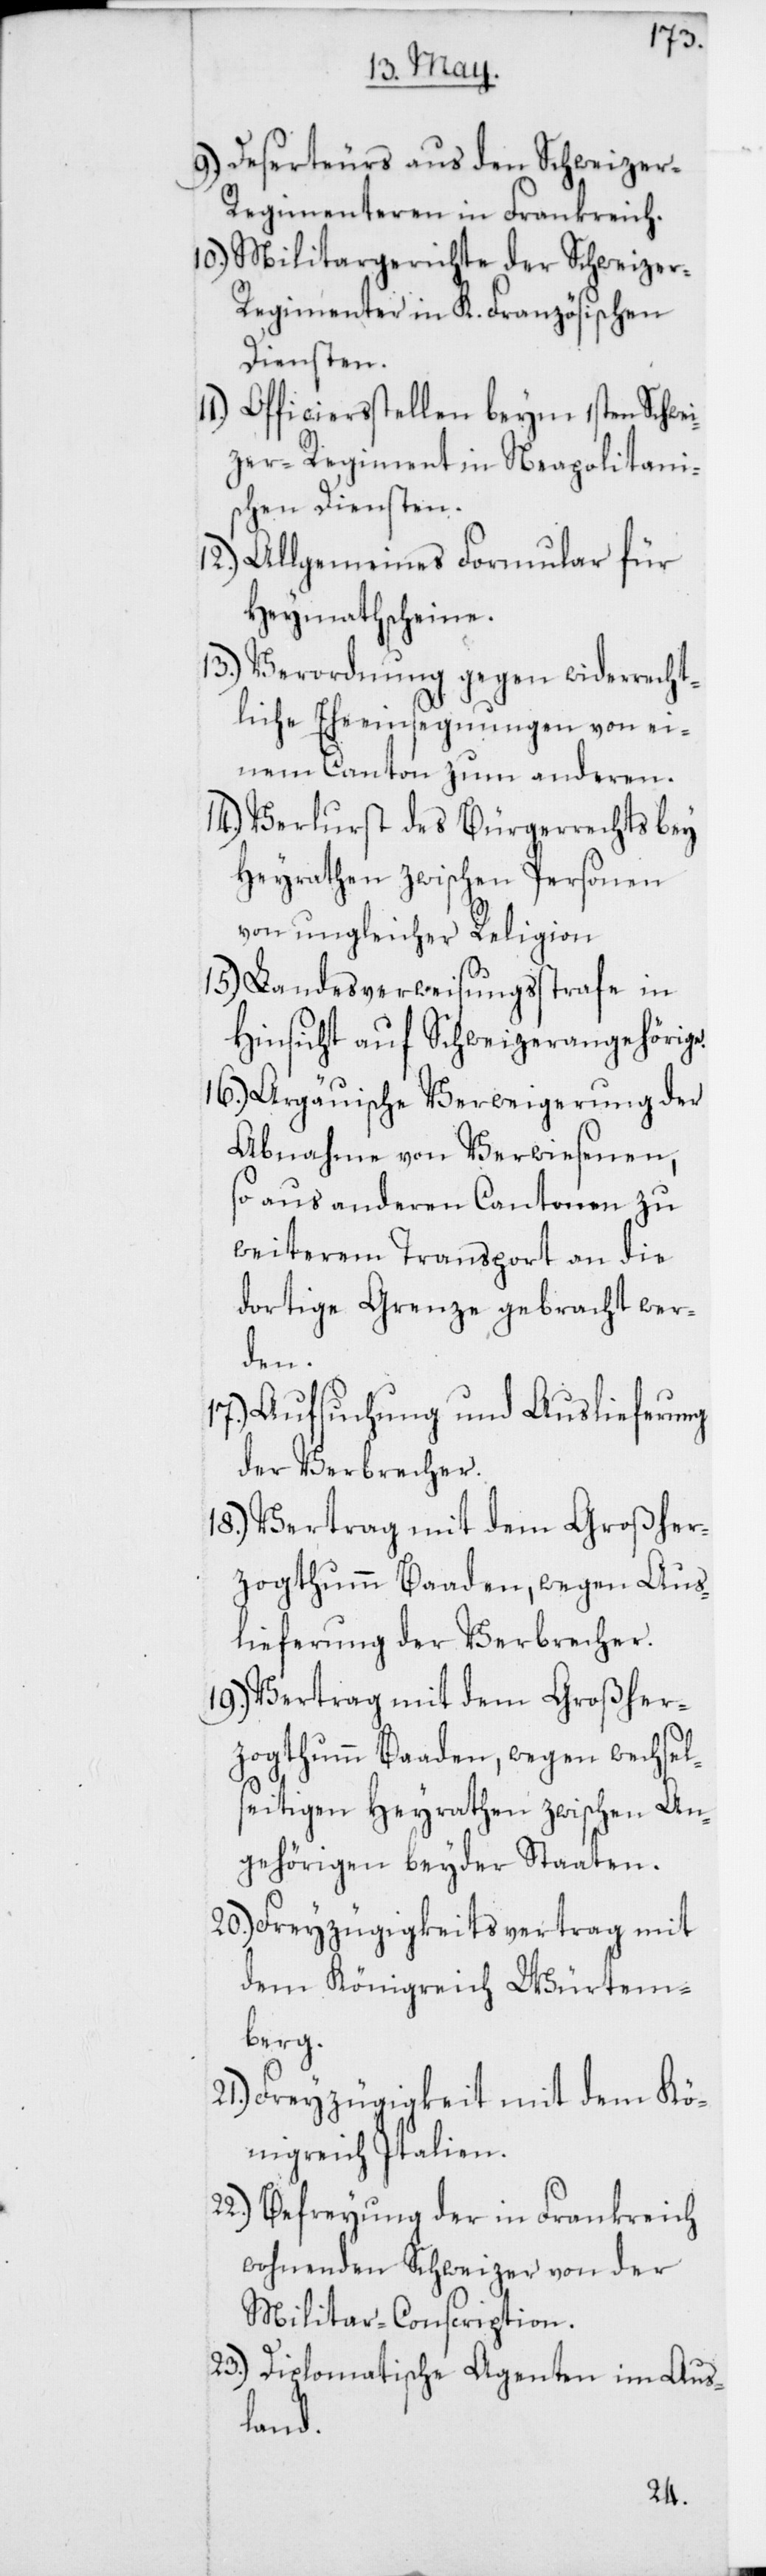
9.) Deserteurs aus den Schweize¬
r-Regimenteren in Frankreich.
10.) Militargerichte der Schweize¬
r-Regimenter in K. Französischen
Diensten.
Officiersstellen beym 1sten Schwe¬
izer-Regiment in Neapolitani¬
schen Diensten.
12.) Allgemeines Formular für
Heymathscheine.
13.) Verordnung gegen widerrecht¬
liche Eheeinsegnungen von ei¬
nem Canton zum anderen.
14.) Verlust des Bürgerrechts bey
Heyrathen zwischen Personen
von ungleicher Religion.
15.) Landesverweisungsstrafe in
Hinsicht auf Schweizerangehörige.
16.) Argauische Verweigerung der
Abnahme von Verwiesenen,
so aus anderen Cantonen zu
weiterem Transport an die
dortige Grenze gebracht wer¬
den.
17.) Aufsuchung und Auslieferung
der Verbrecher.
18.) Vertrag mit dem Großher¬
zogthum Baaden, wegen Aus¬
lieferung der Verbrecher.
19.) Vertrag mit dem Großher¬
zogthum Baaden, wegen wechsel¬
seitigen Heyrathen zwischen An¬
gehörigen beyder Staaten.
20.) Freyzügigkeitsvertrag mit
dem Königreich Würtem¬
berg.
21.) Freyzügigkeit mit dem Kö¬
nigreich Italien.
22.) Befreyung der in Frankreich
wohnenden Schweizer von der
Militar-Conscription.
23.) Diplomatische Agenten im Aus¬
land.